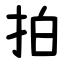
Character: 拍